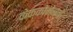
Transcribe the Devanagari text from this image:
केक्कोनेनने